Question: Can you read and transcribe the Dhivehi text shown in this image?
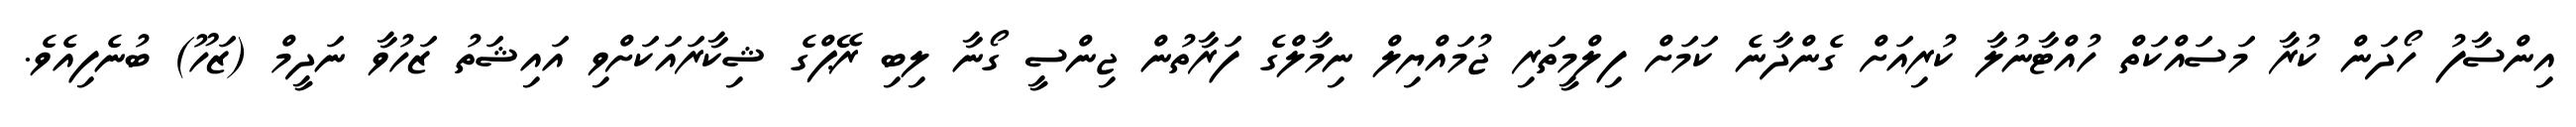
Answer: އިންސާފު ހޯދަން ކުރާ މަސައްކަތް ހުއްޓާނުލާ ކުރިއަށް ގެންދާނެ ކަމަށް ފިލްމީތަރި ޖުމައްޔިލް ނިމާލްގެ ފަރާތުން ޖިންސީ ގޯނާ ލިބި ރޭޕްގެ ޝިކާރައަކަށްވި އައިޝަތު ޒަހުވާ ނަދީމް (ޒަހޫ) ބުނެފިއެވެ.